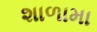
શાળામા